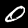
Digit: 0